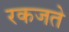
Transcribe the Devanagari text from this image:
रकजते